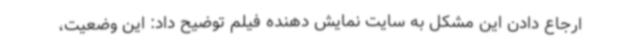
ارجاع دادن این مشکل به سایت نمایش دهنده فیلم توضیح داد: این وضعیت،